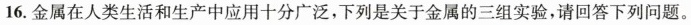
16.金属在人类生活和生产中应用十分广泛，下列是关于金属的三组实验，请回答下列问题。